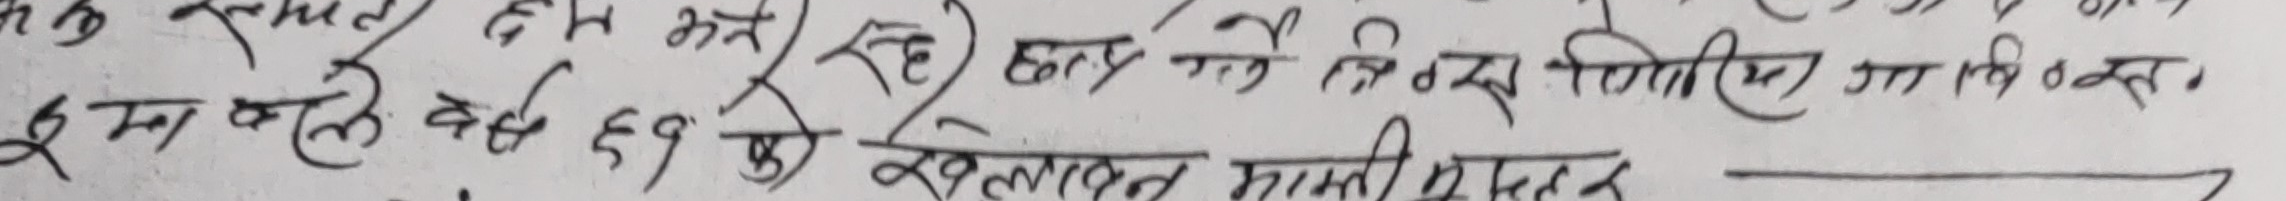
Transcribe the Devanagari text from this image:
ईमा बस्ते वर्ष ६१ को खलायत माली मुहर